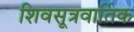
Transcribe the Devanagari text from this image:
शिवसूत्रवार्तिक